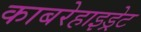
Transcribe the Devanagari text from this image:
काबरेहाइड्रेट